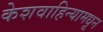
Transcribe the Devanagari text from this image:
केशवाहिन्यामधून